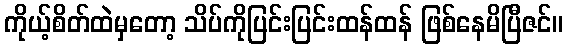
ကိုယ့်စိတ်ထဲမှတော့ သိပ်ကိုပြင်းပြင်းထန်ထန် ဖြစ်နေမိပြီဇင်။